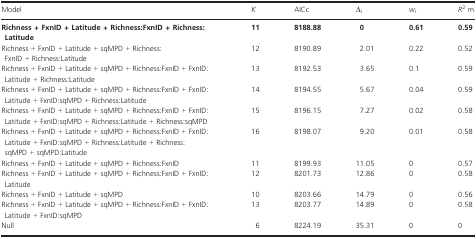
| Model | K | AICc | Δi | wi | R2 m |
 | --- | --- | --- | --- | --- | --- |
 | Richness + FxnID + Latitude + Richness:FxnID + Richness:Latitude | 11 | 8188.88 | 0 | 0.61 | 0.59 |
 | Richness + FxnID + Latitude + sqMPD + Richness:FxnID + Richness:Latitude | 12 | 8190.89 | 2.01 | 0.22 | 0.52 |
 | Richness + FxnID + Latitude + sqMPD + Richness:FxnID + FxnID:Latitude + Richness:Latitude | 13 | 8192.53 | 3.65 | 0.1 | 0.59 |
 | Richness + FxnID + Latitude + sqMPD + Richness:FxnID + FxnID:Latitude + FxnID:sqMPD + Richness:Latitude | 14 | 8194.55 | 5.67 | 0.04 | 0.59 |
 | Richness + FxnID + Latitude + sqMPD + Richness:FxnID + FxnID:Latitude + FxnID:sqMPD + Richness:Latitude + Richness:sqMPD | 15 | 8196.15 | 7.27 | 0.02 | 0.58 |
 | Richness + FxnID + Latitude + sqMPD + Richness:FxnID + FxnID:Latitude + FxnID:sqMPD + Richness:Latitude + Richness:sqMPD + sqMPD:Latitude | 16 | 8198.07 | 9.20 | 0.01 | 0.58 |
 | Richness + FxnID + Latitude + sqMPD + Richness:FxnID | 11 | 8199.93 | 11.05 | 0 | 0.57 |
 | Richness + FxnID + Latitude + sqMPD + Richness:FxnID + FxnID:Latitude | 12 | 8201.73 | 12.86 | 0 | 0.58 |
 | Richness + FxnID + Latitude + sqMPD | 10 | 8203.66 | 14.79 | 0 | 0.56 |
 | Richness + FxnID + Latitude + sqMPD + Richness:FxnID + FxnID:Latitude + FxnID:sqMPD | 13 | 8203.77 | 14.89 | 0 | 0.58 |
 | Null | 6 | 8224.19 | 35.31 | 0 | 0 |